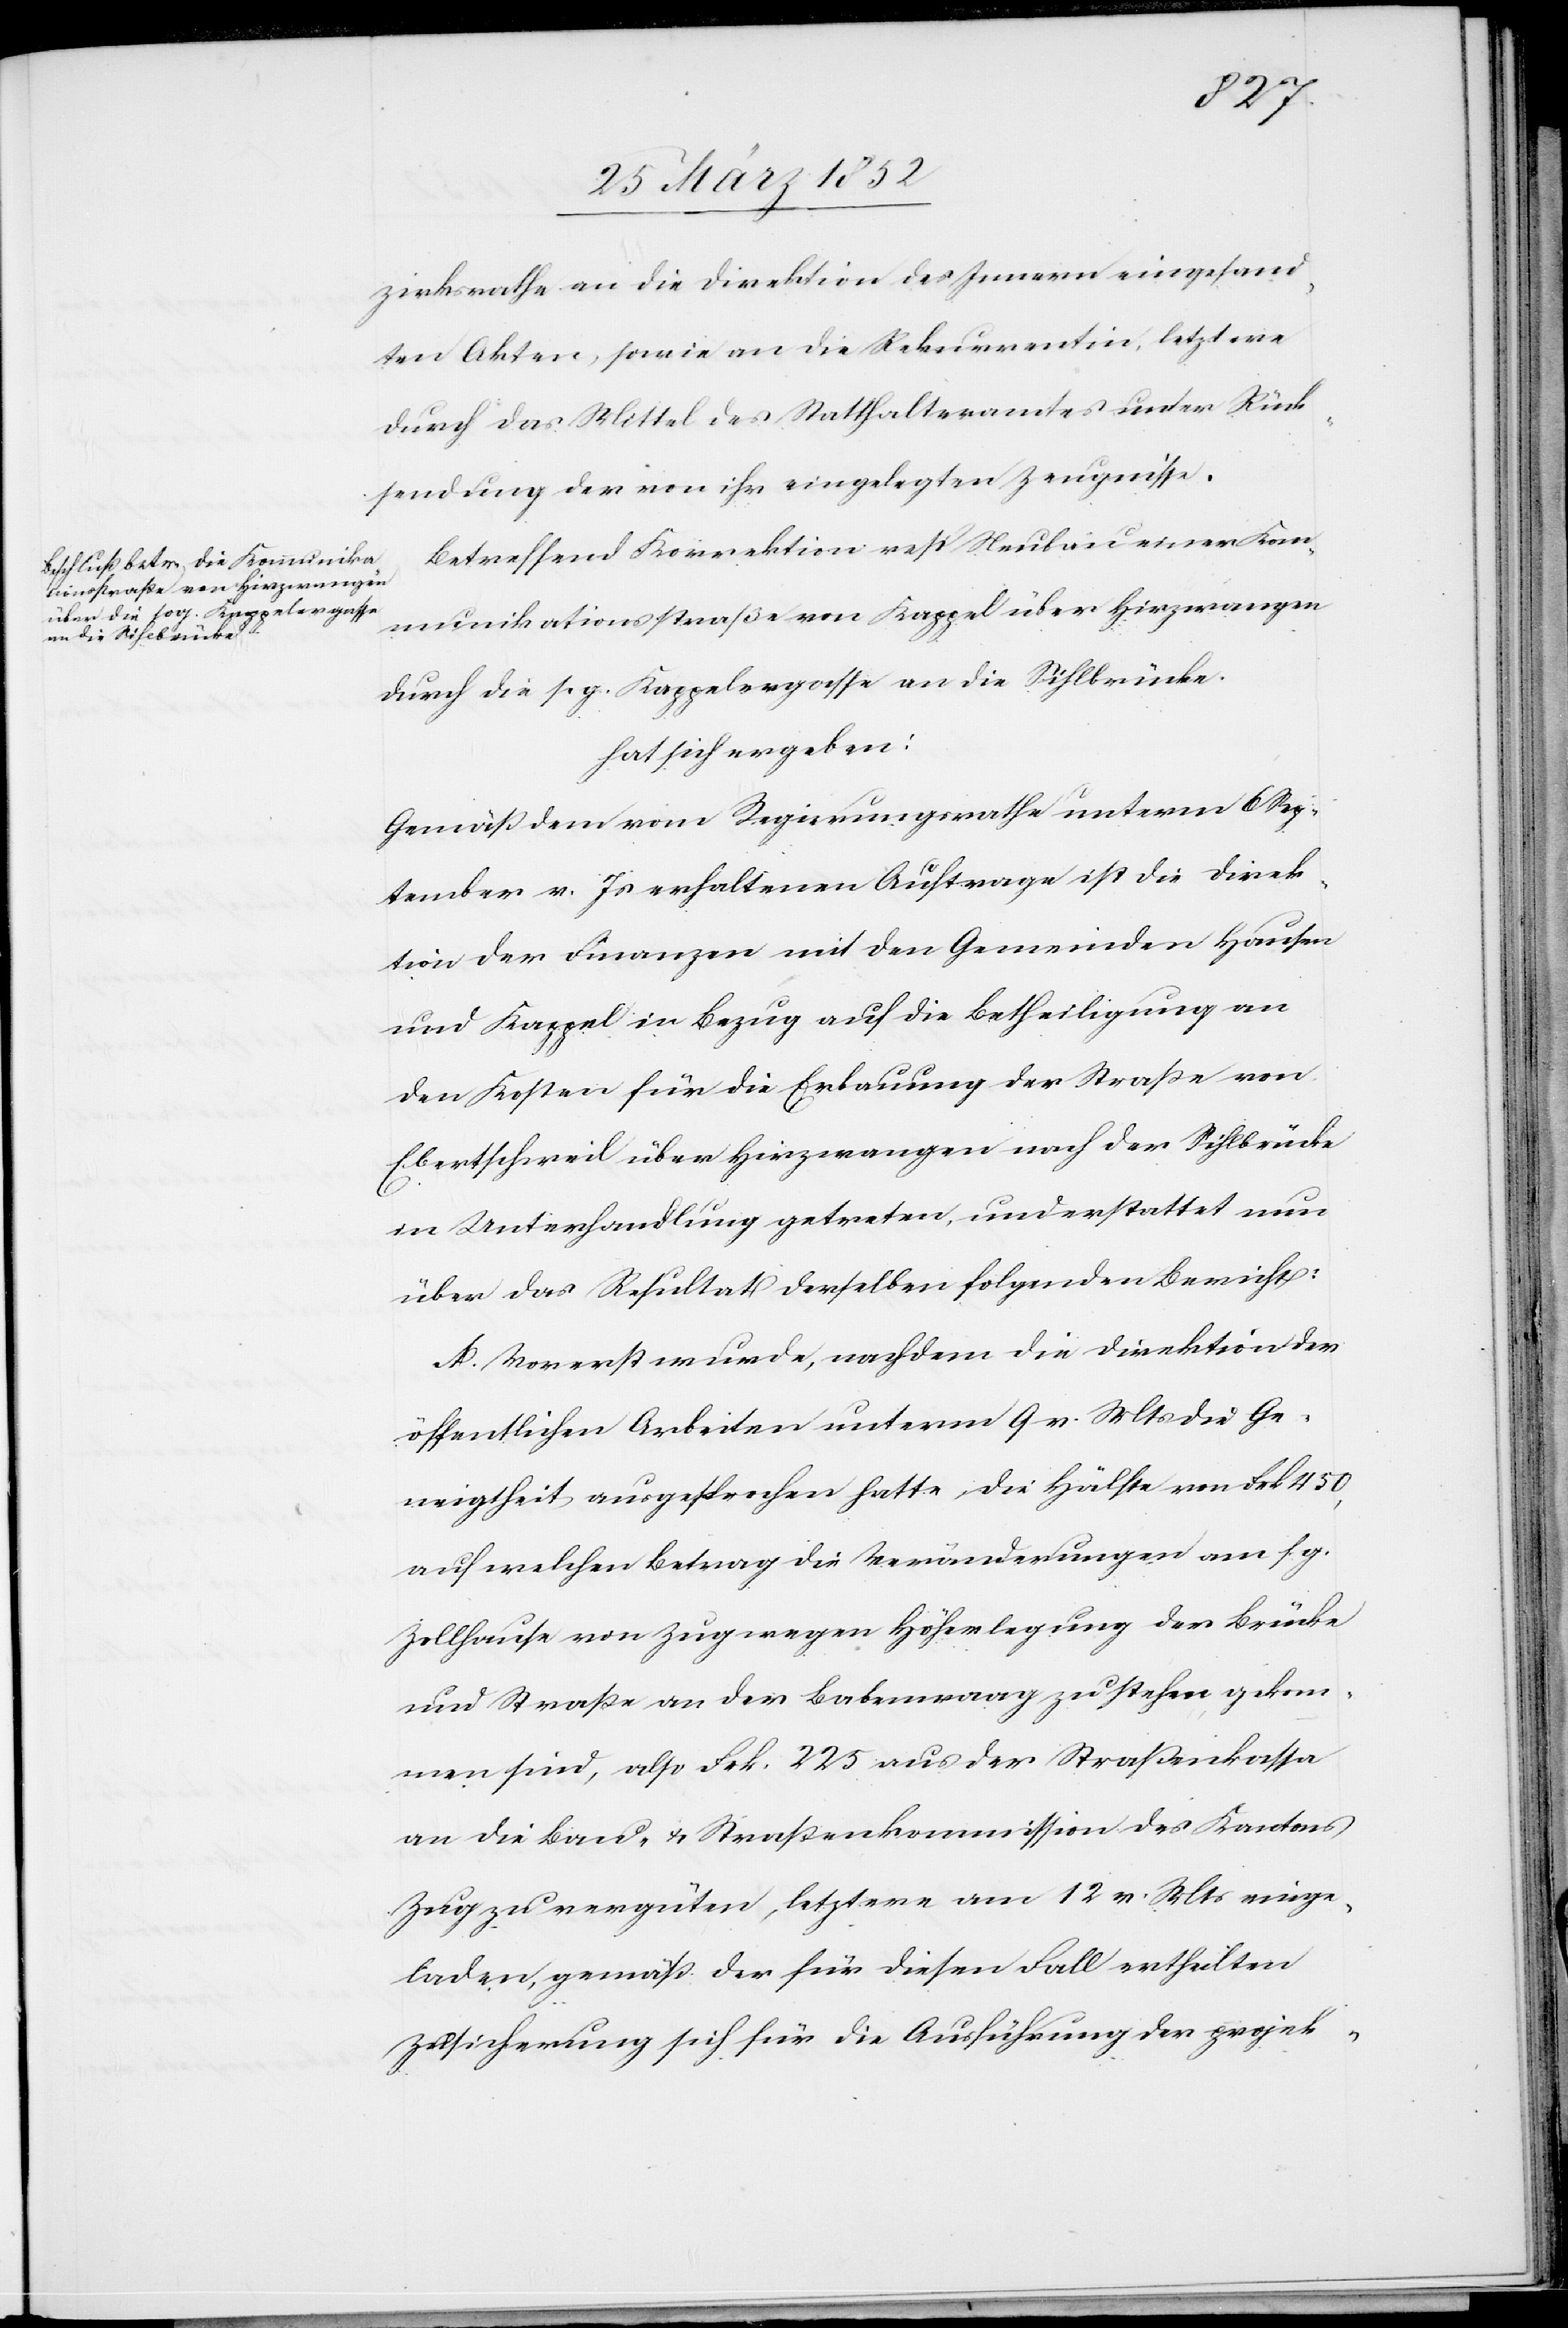
zirksrathe an die Direktion des Innern eingesand¬
ten Akten, sowie an die Rekurrentin, letztwie
durch das Mittel des Statthalteramtes unter Rück¬
sendung der von ihr eingelegten Zeugnisse.
Betreffend Korrektion resp Neubau einer Kom¬
munikationsstraße von Kappel über Hirzwangen
durch die s. g. Kappelergasse an die Sihlbrücke.
hat sich ergeben:
Gemäß dem vom Regierungsrathe unterm 6 Sep¬
tember v. Js erhaltenen Auftrage ist die Direk¬
tion der Finanzen mit den Gemeinden Hausen
und Kappel in Bezug auf die Betheiligung an
den Kosten für die Erbauung der Straße von
Ebertschweil über Hirzwangen nach der Sihlbrücke
in Unterhandlung getreten, und erstattet nun
über das Resultat derselben folgenden Bericht:
A. Vorerst wurde, nachdem die Direktion der
öffentlichen Arbeiten unterm 9 v. Mts die Ge¬
neigtheit ausgesprochen hatte, die Hälfte von Frk. 450,
auf welchen Betrag die Veränderungen am s. g.
Zollhause von Zug wegen Höherlegung der Brücke
und Straße an der Babenwaag zu stehen gekom¬
men sind, also Frk. 225 aus der Straßenkassa
an die Bau- u. Straßenkommission des Kantons
Zug zu vergüten, letztere am 12 v. Mts einge¬
laden, gemäß der für diesen Fall ertheilten
Zusicherung sich für die Ausführung der projekt-